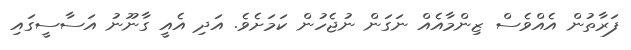
ފަރާތުން އެއްްވެސް ޒިންމާއެއް ނަގަން ނުޖެހުން ކަމަށެވެ. އަދި އެއީ ގާނޫނު އަސާސީގައި